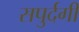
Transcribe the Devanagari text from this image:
सपुर्दगी